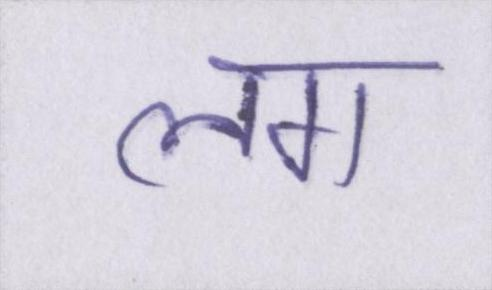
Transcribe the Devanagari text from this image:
लग